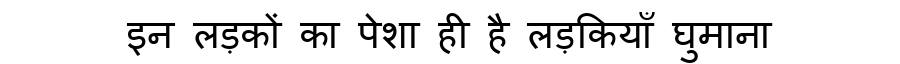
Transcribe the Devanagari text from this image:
इन लड़कों का पेशा ही है लड़कियाँ घुमाना